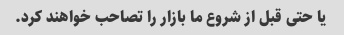
یا حتی قبل از شروع ما بازار را تصاحب خواهند کرد.